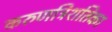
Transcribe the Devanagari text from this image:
करुणत्रिंशतिका